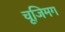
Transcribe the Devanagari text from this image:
चूजिमग